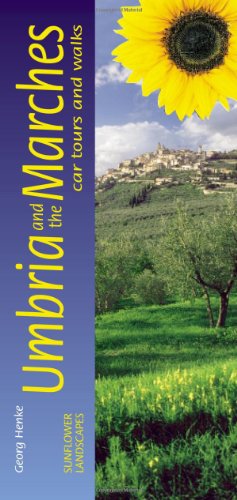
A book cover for Sunflower Landscapes of Umbria and the Marches: a countryside guide : Car Tours And Walks (Landscapes S.) (Sunflower Guides Umbria & the Marches); Georg Henke; Travel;